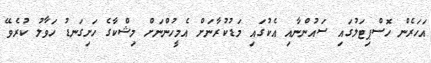
އަހަރެން ހޮސްޕިޓަލުގައި ސައުންނާއި އެކުގައި މަޑުކުރާނަށް އެމީހުންނަށް މިޝްކާގެ ހަށިގަނޑު ހަވާލު ކުރެވޭ